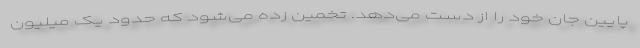
پایین جان خود را از دست می‌دهد. تخمین زده می‌شود که حدود یک میلیون